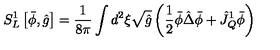
{ S _ { L } ^ { 1 } } \left[ \bar { \phi } , \hat { g } \right] = { \frac { 1 } { 8 \pi } } \int { d ^ { 2 } } \xi \sqrt { \hat { g } } \left( { \frac { 1 } { 2 } } \bar { \phi } \hat { \Delta } \bar { \phi } + { \hat { J } _ { Q } ^ { 1 } } \bar { \phi } \right)